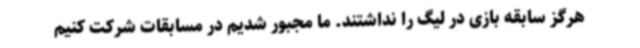
هرگز سابقه بازی در لیگ را نداشتند. ما مجبور شدیم در مسابقات شرکت کنیم